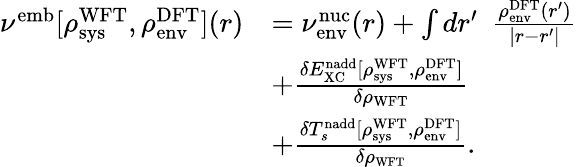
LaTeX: \begin{array}{rl}{\nu^{\textrm{{emb}}}[\rho_{\textrm{sys}}^{\textrm{WFT}},\rho_{\textrm{env}}^{\textrm{DFT}}](r)}&{=\nu_{\textrm{env}}^{\textrm{nuc}}(r)+\int dr^{\prime}~~\frac{\rho_{\textrm{env}}^{\textrm{DFT}}(r^{\prime})}{|r-r^{\prime}|}}\\ &{+\frac{\delta E_{\textrm{XC}}^{\textrm{nadd}}[\rho_{\textrm{sys}}^{\textrm{WFT}},\rho_{\textrm{env}}^{\textrm{DFT}}]}{\delta\rho_{\textrm{WFT}}}}\\ &{+\frac{\delta T_{s}^{\textrm{nadd}}[\rho_{\textrm{sys}}^{\textrm{WFT}},\rho_{\textrm{env}}^{\textrm{DFT}}]}{\delta\rho_{\small{\textrm{WFT}}}}.}\end{array}